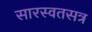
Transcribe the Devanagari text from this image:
सारस्वतसत्र